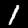
Label: 1